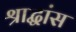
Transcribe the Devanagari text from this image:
श्राद्धांस